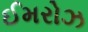
ઈમરોઝ